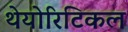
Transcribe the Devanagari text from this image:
थेयोरिटिकल